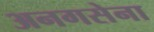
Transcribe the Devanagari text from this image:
अनगसेना